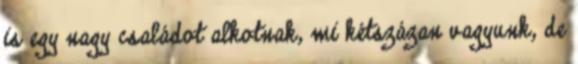
is egy nagy családot alkotnak, mi kétszázan vagyunk, de